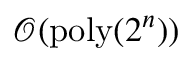
\mathcal { O } ( \mathrm { p o l y } ( 2 ^ { n } ) )